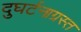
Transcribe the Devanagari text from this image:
दुघर्टनाग्रस्त